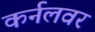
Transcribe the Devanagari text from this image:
कर्नलवर